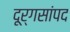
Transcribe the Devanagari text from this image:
दूर्गसांपद